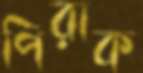
পিরাক